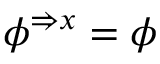
\phi ^ { \Rightarrow x } = \phi